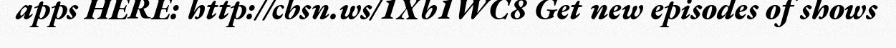
apps HERE: http://cbsn.ws/1Xb1WC8 Get new episodes of shows